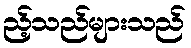
ည့်သည်များသည်